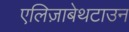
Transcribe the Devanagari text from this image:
एलिज़ाबेथटाउन